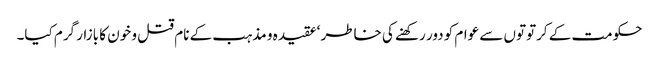
حکومت کے کرتوتوں سے عوام کو دور رکھنے کی خاطر ‘عقیدہ و مذہب کے نام قتل و خون کا بازار گرم کیا۔